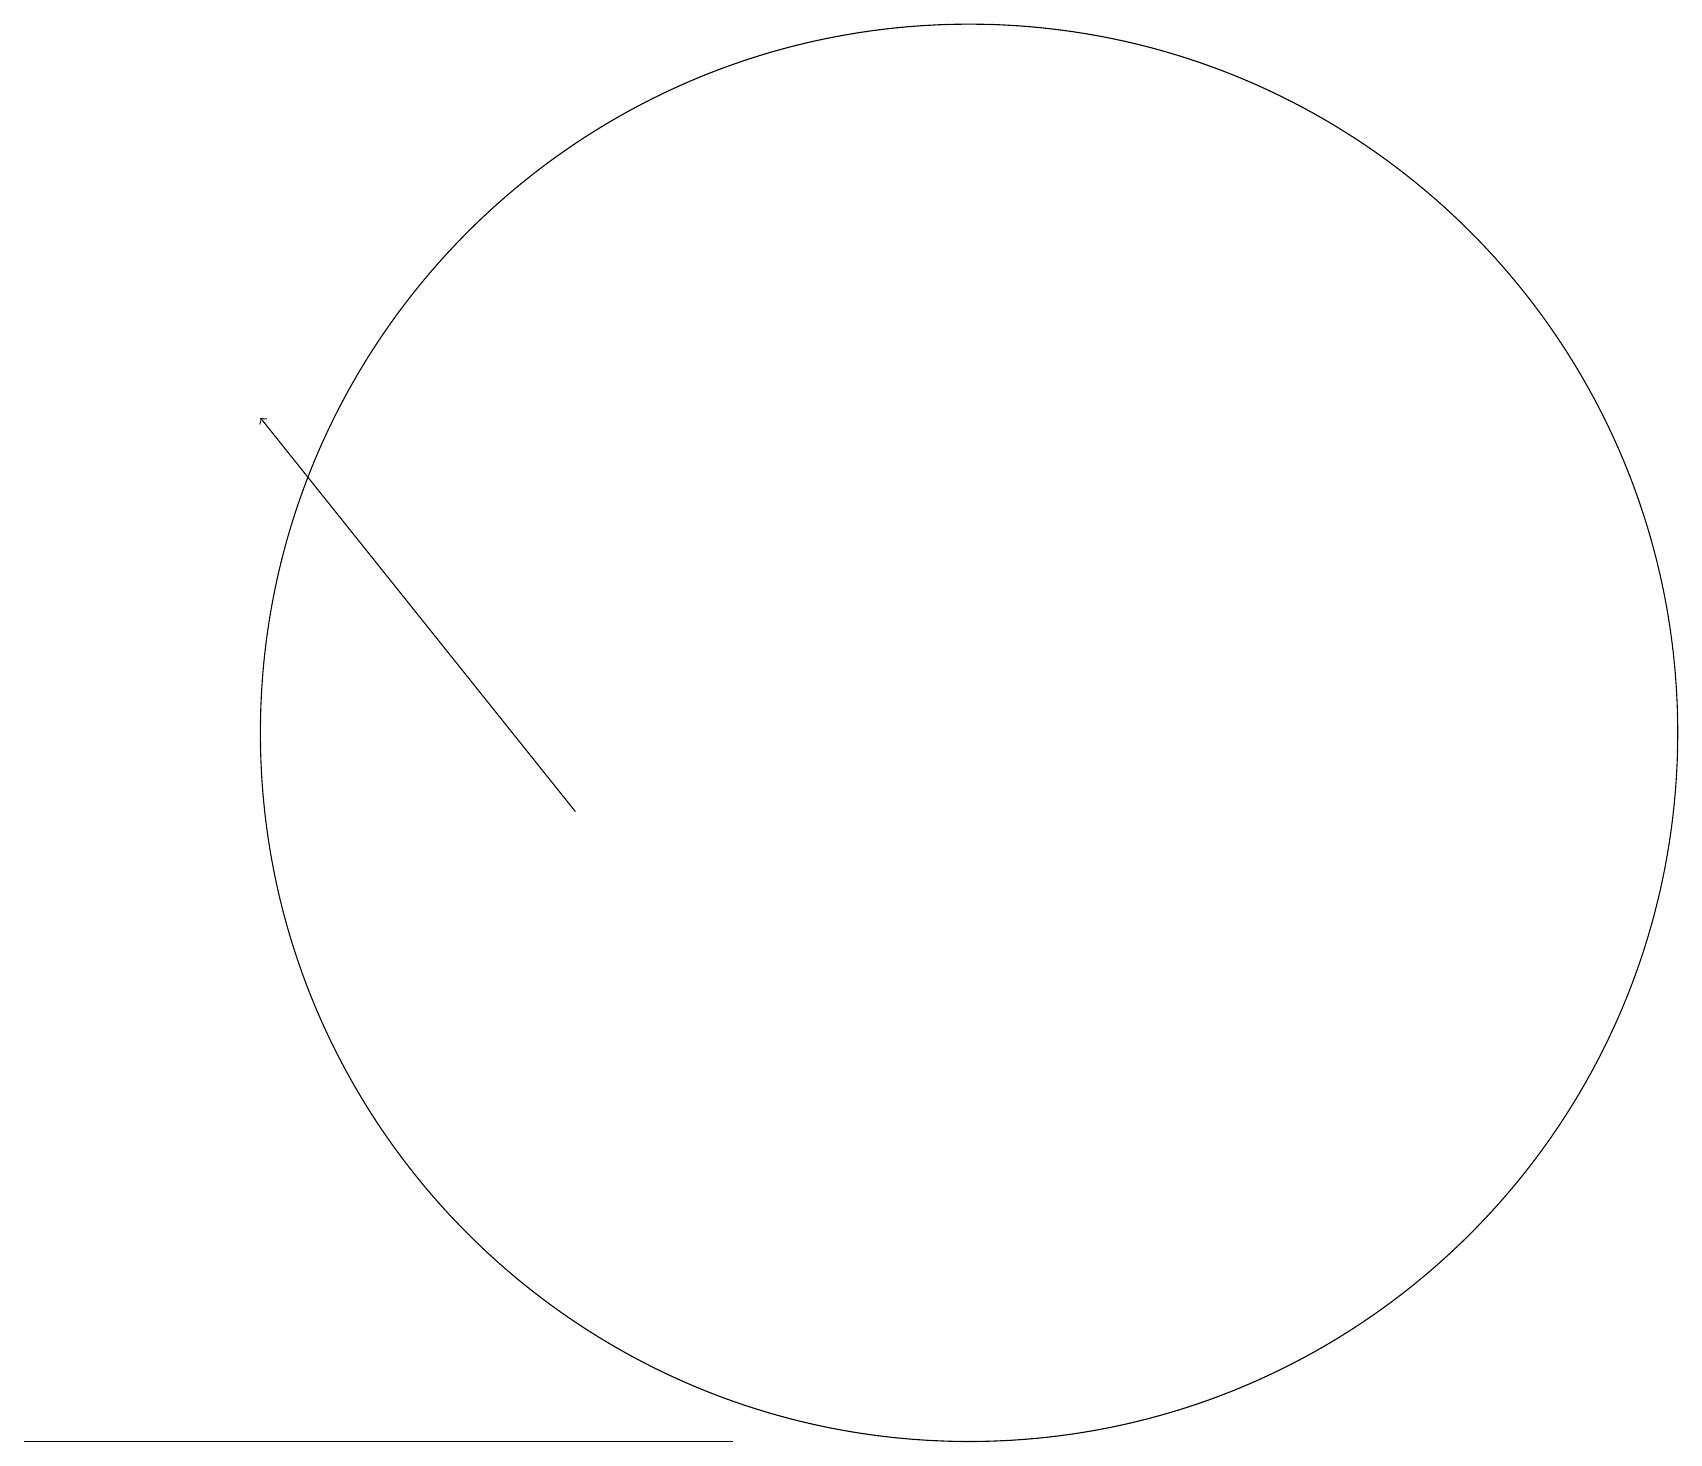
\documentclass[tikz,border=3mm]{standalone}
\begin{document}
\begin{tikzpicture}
\draw (12,12) circle (9);
\draw (0,3) -- (5,3) -- (9,3) -- cycle;
\draw[->] (7,11) -- (3,16);
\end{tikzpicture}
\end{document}